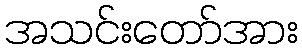
အသင်းတော်အား